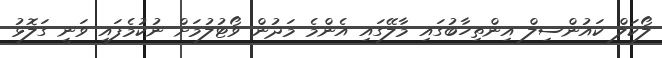
ލޯކަލް ކައުންސިލް އިންތިހާބުގައި މާލޭގައި އެންމެ މަދުން ވޯޓުލުމަށް ނުކުމެފައި ވަނީ ގަލޮޅު